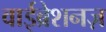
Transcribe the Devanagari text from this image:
वाईब्रेशनज़